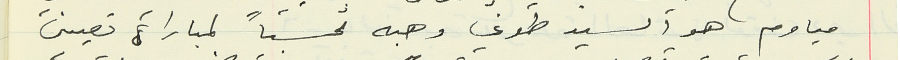
مياوم هو السيد طوني وهبه تحسباً لمباراة تعيين